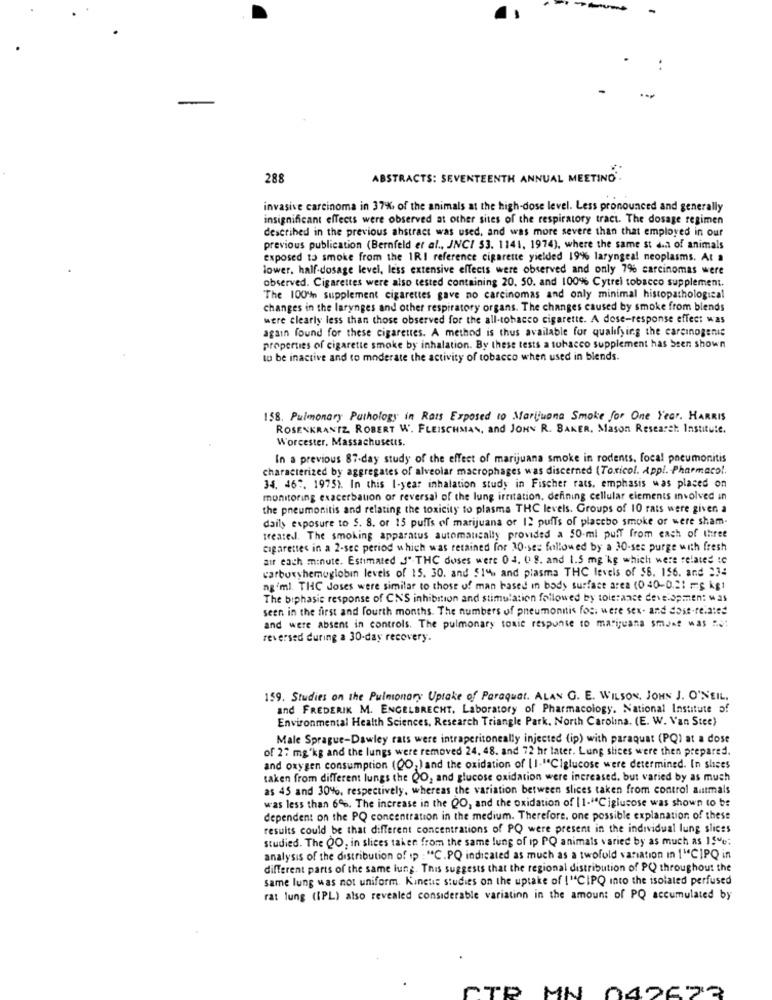
-
288
ABSTRACTS: SEVENTEENTH ANNUAL MEETING'.
invasive carcinoma in 37%, of the animals at the high-dose level. Less pronounced and generally
insignificant effects were observed at other sites of the respiratory tract. The dosage regimen
described in the previous abstract was used, and was more severe than that employed in our
previous publication (Bernfeld et al ., JNCI $3. 1141, 1974), where the same st da of animals
exposed to smoke from the IRI reference cigarette yielded 19% laryngeal neoplasms. At a
lower. half-dosage level, less extensive effects were observed and only 7% carcinomas were
observed. Cigarettes were also tested containing 20. 50. and 100% Cytrei tobacco supplement.
The 100' supplement cigarettes gave no carcinomas and only minimal histopathological
changes in the larynges and other respiratory organs. The changes caused by smoke from blends
were clearly less than those observed for the all-tobacco cigarette. A dose-response effect was
again found for these cigarettes. A method is thus available for qualifying the carcinogenic
properties of cigarette smoke by inhalation. By these tests a tobacco supplement has been shown
to be inactive and to moderate the activity of tobacco when used in blends.
158. Pulmonary Pathology in Rats Exposed to Marijuana Smoke for One Year. HARRIS
ROSENKRANTZ ROBERT W. FLEISCHMAN, and JOHN R. BAKER, Mason Research Institute.
Worcester. Massachusetts.
In a previous 87-day study of the effect of marijuana smoke in rodents, focal pneumonitis
characterized by aggregates of alveolar macrophages was discerned (Toxicol. Appl. Pharmacol.
34. 46", 1975). In this I-year inhalation study in Fischer rats, emphasis was placed on
monitoring exacerbation or reversal of the lung irritation. defining cellular elements involved in
the pneumonitis and relating the toxicity to plasma THC levels. Groups of 10 rats were given a
daily exposure to S. 8. or 15 puffs of marijuana of 12 puffs of placebo smoke or were sham-
treated. The smoking apparatus automatically provided a 50-ml puff from each of three
cigarettes in a 2-sec period which was retained for 10-ses followed by a 30-ses purge with fresh
air each minute. Estimated J".THC doses were 04. 0 8. and 1.5 mg kg which were related :c
carboxyhemoglobin levels of 15. 30. and 51% and plasma THC levels of 56. 156. and 23:
ng/ml. THC Joses were similar to those of man based in body surface area (040-0.21 -5 kg)
The biphasic response of CN'S inhibition and stimulation followed by tolerance development was
seen in the first and fourth months. The numbers of pneumonnis foci were sex- and dost-related
and were absent in controls. The pulmonary toxic response to marijuana sman? was no:
reversed during a 30-day recovery.
159. Studies on the Pulmonary Uptake of Paraquat. ALAN G. E. WILSON, JOHN J. O'NEIL,
and FREDERIK M. ENGELBRECHT. Laboratory of Pharmacology. National Institute of
Environmental Health Sciences, Research Triangle Park, North Carolina. (E. W. Van Stee)
Male Sprague-Dawley rats were intraperitoneally injected (ip) with paraquat (PQ) at a dose
of 27 mg'kg and the lungs were removed 24. 48. and 72 hr later. Lung slices were then prepared.
and oxygen consumption (QO, ) and the oxidation of [1-"Ciglucose were determined. In slices
taken from different lungs the QO, and glucose oxidation were increased, but varied by as much
as 45 and 30%, respectively, whereas the variation between slices taken from control autmals
was less than 6%. The increase in the QO, and the oxidation of |1-"Ciglucose was shown to be
dependent on the PQ concentration in the medium. Therefore. one possible explanation of these
results could be that different concentrations of PQ were present in the individual lung slices
studied. The QO, in slices taken from the same lung of ip PQ animals varied by as much as 15e:
analysis of the distribution of ip : "C. PQ indicated as much as a twofuld variation in 1"CIPQ in
different parts of the same lung. This suggests that the regional distribution of PQ throughout the
same lung was not uniform. Kinetic studies on the uptake of !"CIPQ into the isolated perfused
rat lung (IPL) also revealed considerable variation in the amount of PQ accumulated by
MN
042623